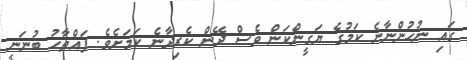
ގައި ނުހުންނާނެ ކަމުގެ ޔަގީންކަން ވެސް ދޭން ކެރިދާނެ ކަމަށެވެ. ފައްތާހު ބުނަނީ